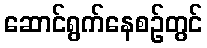
ဆောင်ရွက်နေစဉ်တွင်